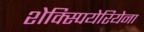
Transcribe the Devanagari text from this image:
शेक्स्पियेरियेना